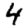
Digit: 4